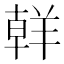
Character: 𮊪